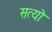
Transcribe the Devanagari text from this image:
सत्यो